Trukikaitis_Postimees, lk 27
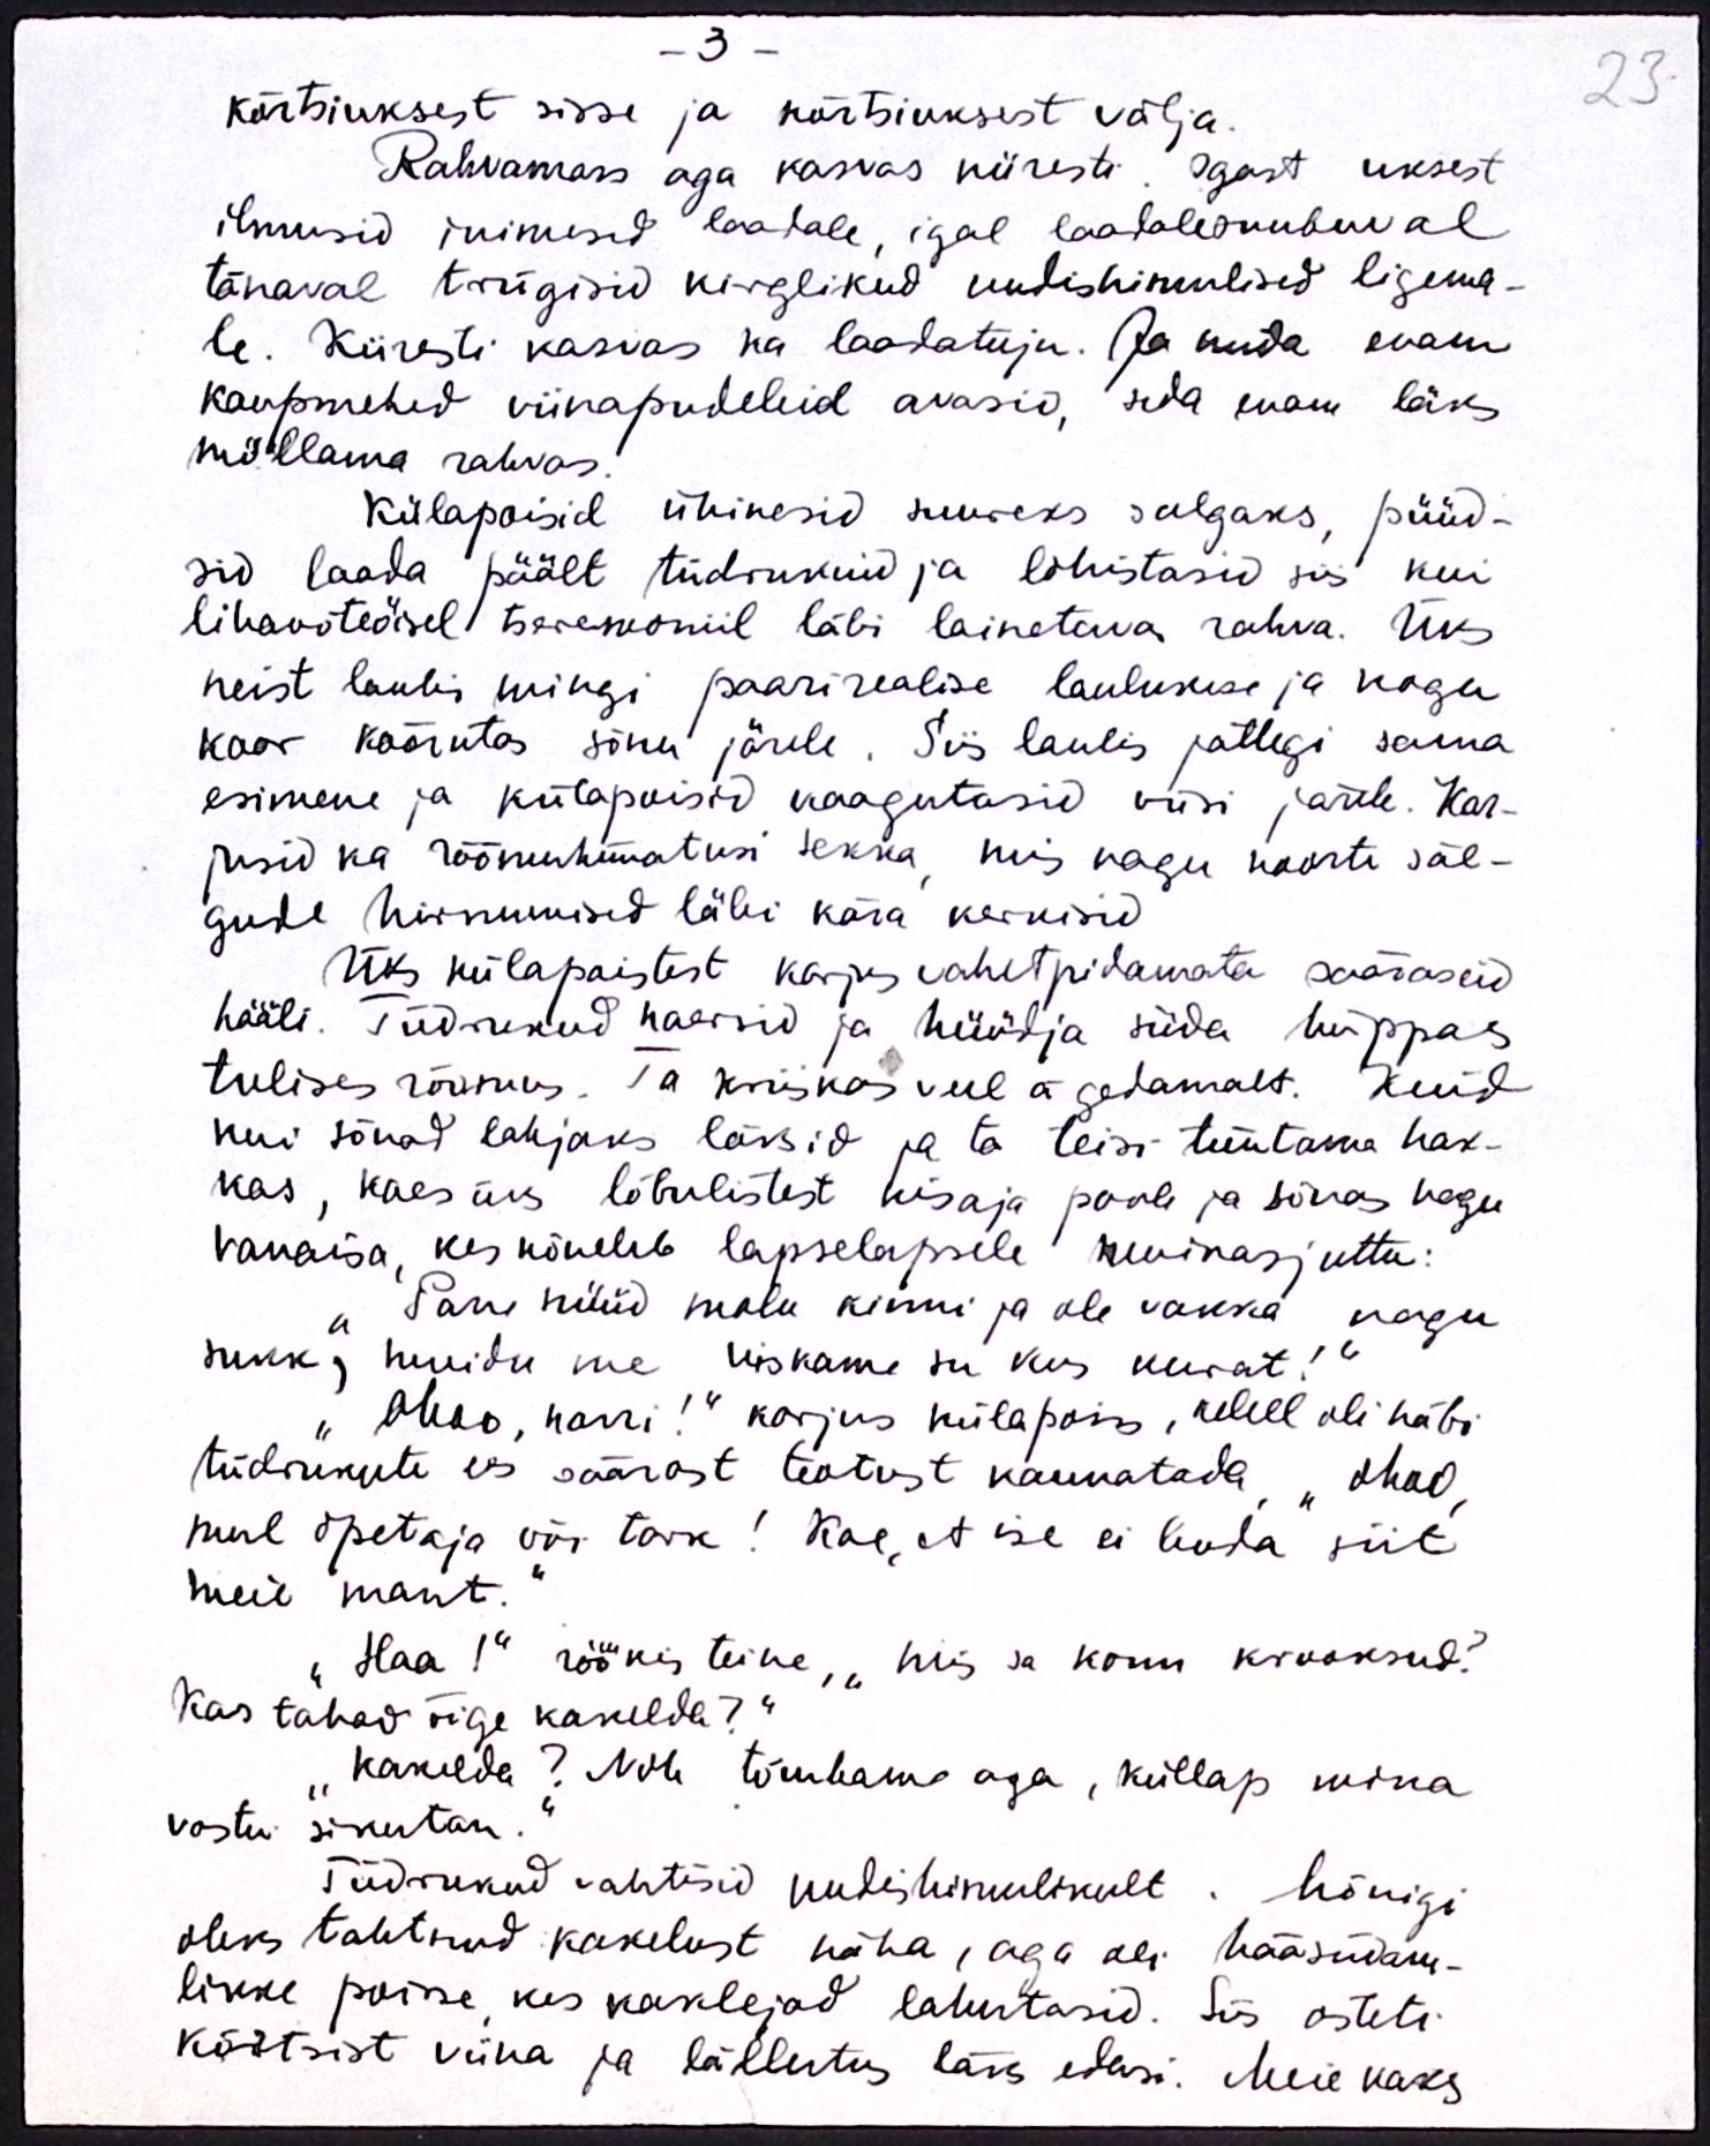
- 3 -
kõrtsiuksest sisse ja kõrtsiuksest välja.
Rahvamass aga kasvas kiiresti. Igast uksest
ilmusid inimesid laadale, igal laadalesuubuval
tänaval trügisid kirglikud uudishimulised ligema-
le. Kiiresti kasvas ka laadatuju. Ja mida enam
kaupmehed viinapudeleid avasid, seda enam läks
möllama rahvas.
Külapoisid ühinesid suureks salgaks, püüd-
sid laada päält tüdrukuid ja lohistasid siis kui
lihavõteöisel tseremoniil läbi lainetava rahva. Üks
neist laulis mingi paarirealise laulukese ja kogu
koor kõõrutas sõnu järele. Siis laulis jällegi sama
esimene ja külapoisid kaagutasid viisi järele. Kar-
jusid ka rõõmuhüüatusi sekka, mis nagu noorte säl-
gude hirnumised läbi kära kerkisid
Üks külapoistest karjus vahetpidamata saäraseid
hääli. Tüdrukud naersid ja hüüdja süda hüppas
tulises rõõmus. Ta kriiskas veel ägedamalt. Kuid
kui sõnad lahjaks läksid ja ta teisi tüütama hak-
kas, kaes üks lõbulistest kisaja poole ja sõnas nagu
vanaisa, kes kõneleb lapselapsele muinasjuttu:
"Pane nüüd molu kinni ja ole vakka nagu
sukk, muidu me viskame su kus kurat!“
"Ohoo, narri!" karjus külapoiss, kellel oli häbi
tüdrukute ees säärast teotust kannatada "ohoo,
mul õpetaja või tark! Kae, et ise ei lenda siit
meie mant.“
"Haa !" röökis teine, "mis sa konn krooksud?
Kas tahad õige kakelda?"
"Kakelda? Noh tõmbame aga, küllap mina
vastu sikutan."
Tüdrukud vahtisid uulishimulikult. Mõnigi
oleks tahtnud kakelust näha, aga oli hääsüdam-
likke poisse, kes kaklejad lahutasid. Siis osteti
kõrtsist viina ja lällutus läks edasi. Meie kaks

23